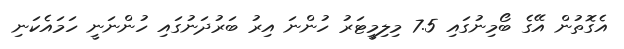
އެގޮތުން އޭގެ ބޯމިނުގައި 7.5 މިލިމީޓަރު ހުންނަ އިރު ބަރުދަނުގައި ހުންނަނީ ހަމައެކަނި